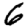
Digit: 6